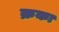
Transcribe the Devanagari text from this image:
क्रका